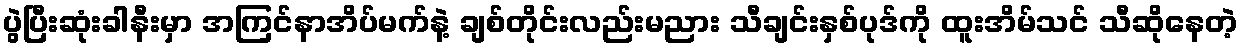
ပွဲပြီးဆုံးခါနီးမှာ အကြင်နာအိပ်မက်နဲ့ ချစ်တိုင်းလည်းမညား သီချင်းနှစ်ပုဒ်ကို ထူးအိမ်သင် သီဆိုနေတဲ့